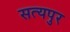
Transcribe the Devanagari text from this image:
सत्यपुर